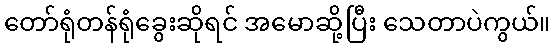
တော်ရုံတန်ရုံခွေးဆိုရင် အမောဆို့ပြီး သေတာပဲကွယ်။